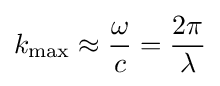
k_{\text{max}}\approx {\frac {\omega }{c}}={\frac {2\pi }{\lambda }}